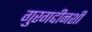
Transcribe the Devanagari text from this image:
गुरगद्दीनशीं